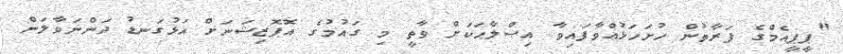
"ޕީޕީއެމްގެ ފަރާތުން ހުށަހަޅުއްވާފައިވާ އިޞްލާޙަކަށް ވާތީ މި ގައުމުގެ އޮޕޮޒިޝަނަށް އަޅުގަނޑު ދަންނަވާލަން